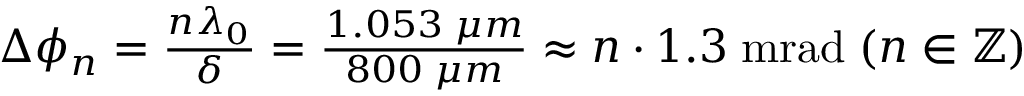
\begin{array} { r } { \Delta \phi _ { n } = \frac { n \lambda _ { 0 } } { \delta } = \frac { 1 . 0 5 3 \; \mu m } { 8 0 0 \; \mu m } \approx n \cdot 1 . 3 \; \mathrm { m r a d } \; ( n \in \mathbb { Z } ) } \end{array}